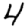
Digit: 4